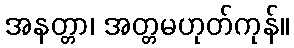
အနတ္တာ၊ အတ္တမဟုတ်ကုန်။